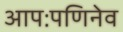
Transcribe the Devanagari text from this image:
आपःपणिनेव